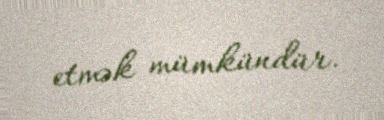
etmək mümkündür.